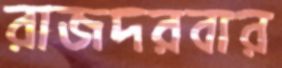
রাজদরবার